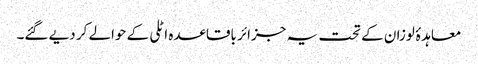
معاہدۂ لوزان کے تحت یہ جزائر باقاعدہ اٹلی کے حوالے کر دیے گئے۔